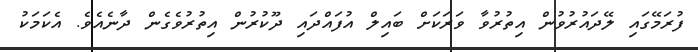
ފުރަމޭގައި ލޭދައުރުވުން އިތުރުވާ ވަރަކަށް ބައިލް އުފައްދައި ދޫކުރުން އިތުރުވެގެން ދާނެއެވެ. އެކަމަކު